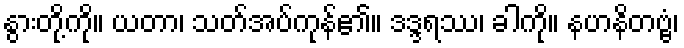
နွားတို့ကို။ ယတာ၊ သတ်အပ်ကုန်၏။ ဒဒ္ဒရဿ၊ ခါကို။ နဟနိတဗ္ဗံ၊